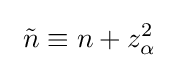
\ {\tilde {n}}\equiv n+z_{\alpha }^{2}\